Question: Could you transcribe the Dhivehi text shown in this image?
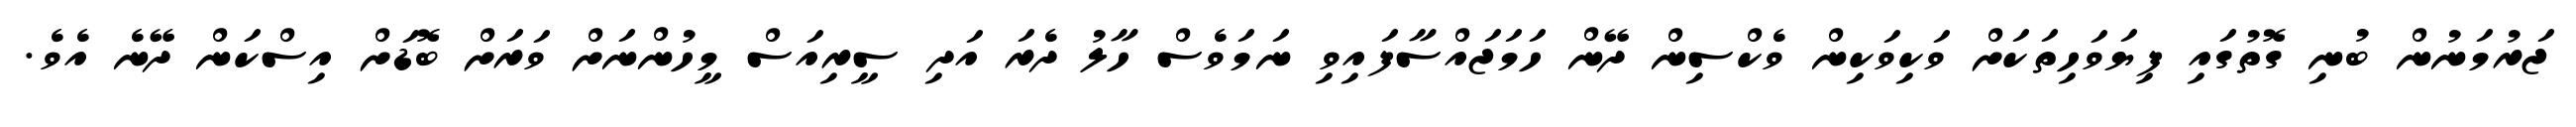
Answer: ޖަރުމަނުން ބުނި ގޮތުގައި ފިޔަވަހިތަކަށް ވަކިވަކިން ވެކްސިން ދޭން ހަމަޖައްސާފައިވި ނަމަވެސް ހާލު ދެރަ އަދި ސީރިއަސް މީހުންނަށް ވަރަށް ބޮޑަށް އިސްކަން ދޭނެ އެވެ.